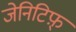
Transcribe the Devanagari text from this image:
जेनिटिफ़्